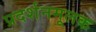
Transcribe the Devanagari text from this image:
प्रदर्शनमूलक